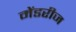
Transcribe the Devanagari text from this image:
मेंडरीज